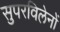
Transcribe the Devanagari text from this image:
सुपरविलेनों